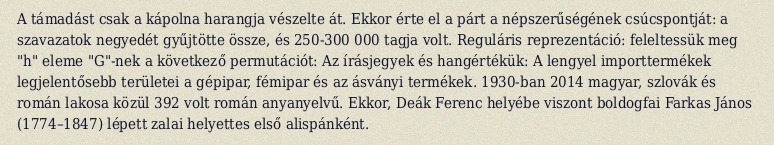
A támadást csak a kápolna harangja vészelte át. Ekkor érte el a párt a népszerűségének csúcspontját: a szavazatok negyedét gyűjtötte össze, és 250-300 000 tagja volt. Reguláris reprezentáció: feleltessük meg "h" eleme "G"-nek a következő permutációt: Az írásjegyek és hangértékük: A lengyel importtermékek legjelentősebb területei a gépipar, fémipar és az ásványi termékek. 1930-ban 2014 magyar, szlovák és román lakosa közül 392 volt román anyanyelvű. Ekkor, Deák Ferenc helyébe viszont boldogfai Farkas János (1774–1847) lépett zalai helyettes első alispánként.